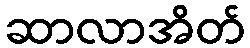
ဆာလာအိတ်